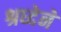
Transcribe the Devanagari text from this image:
श्रध्देने